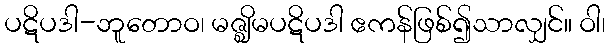
ပဋိပဒါ-ဘူတောဝ၊ မဇ္ဈိမပဋိပဒါ ဧကန်ဖြစ်၍သာလျှင်။ ဝါ၊